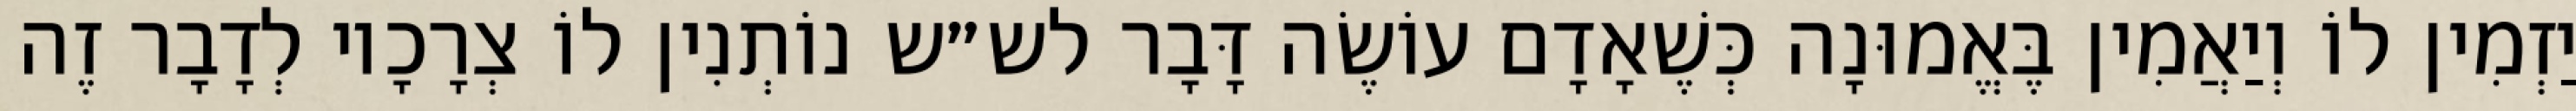
יַזְמִין לוֹ וְיַאֲמִין בֶּאֱמוּנָה כְּשֶׁאָדָם עוֹשֶׂה דָּבָר לש״ש נוֹתְנִין לוֹ צְרָכָיו לְדָבָר זֶה